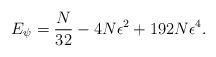
LaTeX: \begin{align*}E_{\psi}=\frac{N}{32}-4N\epsilon^{2}+192N\epsilon^{4}.\end{align*}